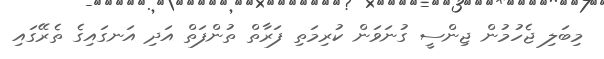
މިބަލި ޖެހުމުން ޖިންސީ ގުނަވަން ކުރިމަތި ފަރާތް ތުންފަތް އަދި އަނގައިގެ ތެރޭގައި